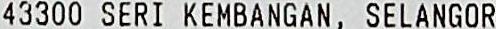
43300 SERI KEMBANGAN, SELANGOR